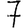
Digit: 7